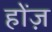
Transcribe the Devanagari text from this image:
होंज़